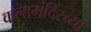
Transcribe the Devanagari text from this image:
कलामंदिरच्या